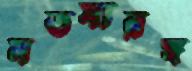
মতস্যরঙ্গ